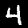
Digit: 4